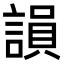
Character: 𧪼